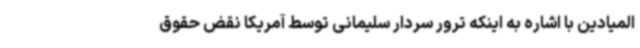
المیادین با اشاره به اینکه ترور سردار سلیمانی توسط آمریکا نقض حقوق